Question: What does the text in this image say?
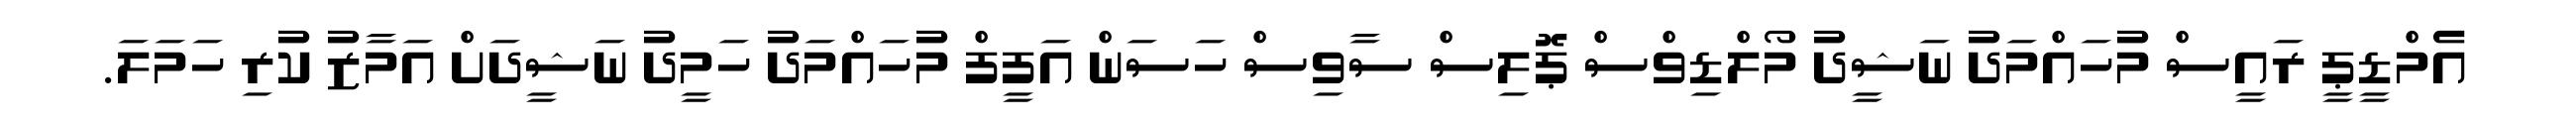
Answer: އެމްޑީޕީ ރައީސް މުހައްމަދު ނަޝީދު މޯލްޑިވްސް ޕޮލިސް ސާވިސް ހަސަން އަފީފް މުހައްމަދު ހަމީދު ނަޝީދަށް އަމާޒު ކުރި ހަމަލަ.